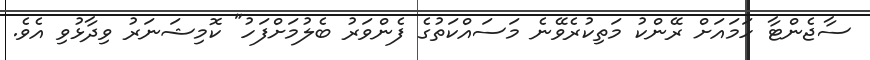
ސާޖެންޓާ ހަމައަށް ރޭންކު މަތިކުރެވޭނެ މަސައްކަތުގެ ފެންވަރު ބެލުމަށްފަހު" ކޮމިޝަނަރު ވިދާޅުވި އެވެ.